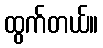
ထွက်တယ်။